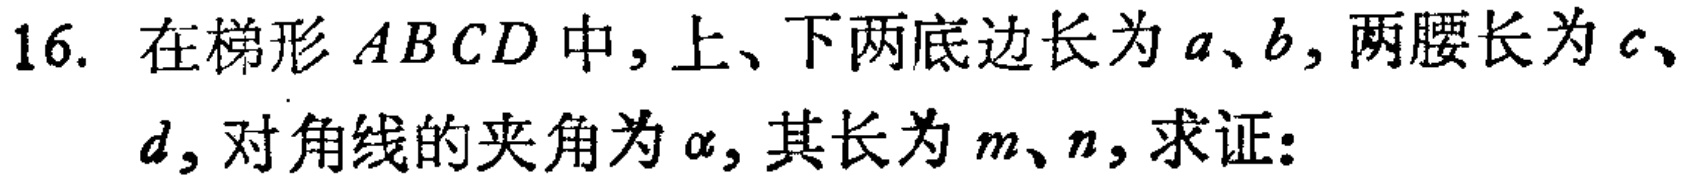
16. 在梯形 \(ABCD\) 中，上、下两底边长为 \(a、b\)，两腰长为 \(c、d\)，对角线的夹角为 \(\alpha\)，其长为 \(m、n\)，求证：